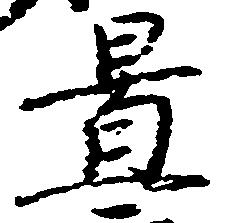
置